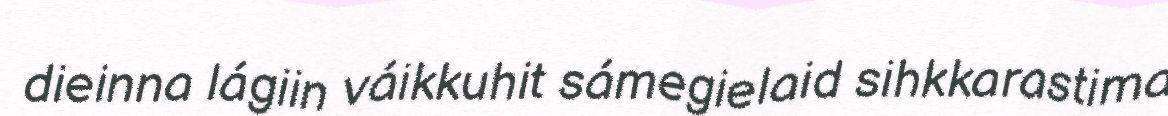
dieinna lágiin váikkuhit sámegielaid sihkkarastima